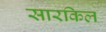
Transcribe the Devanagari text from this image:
सारकिल